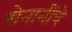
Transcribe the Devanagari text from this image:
सेनानींचे